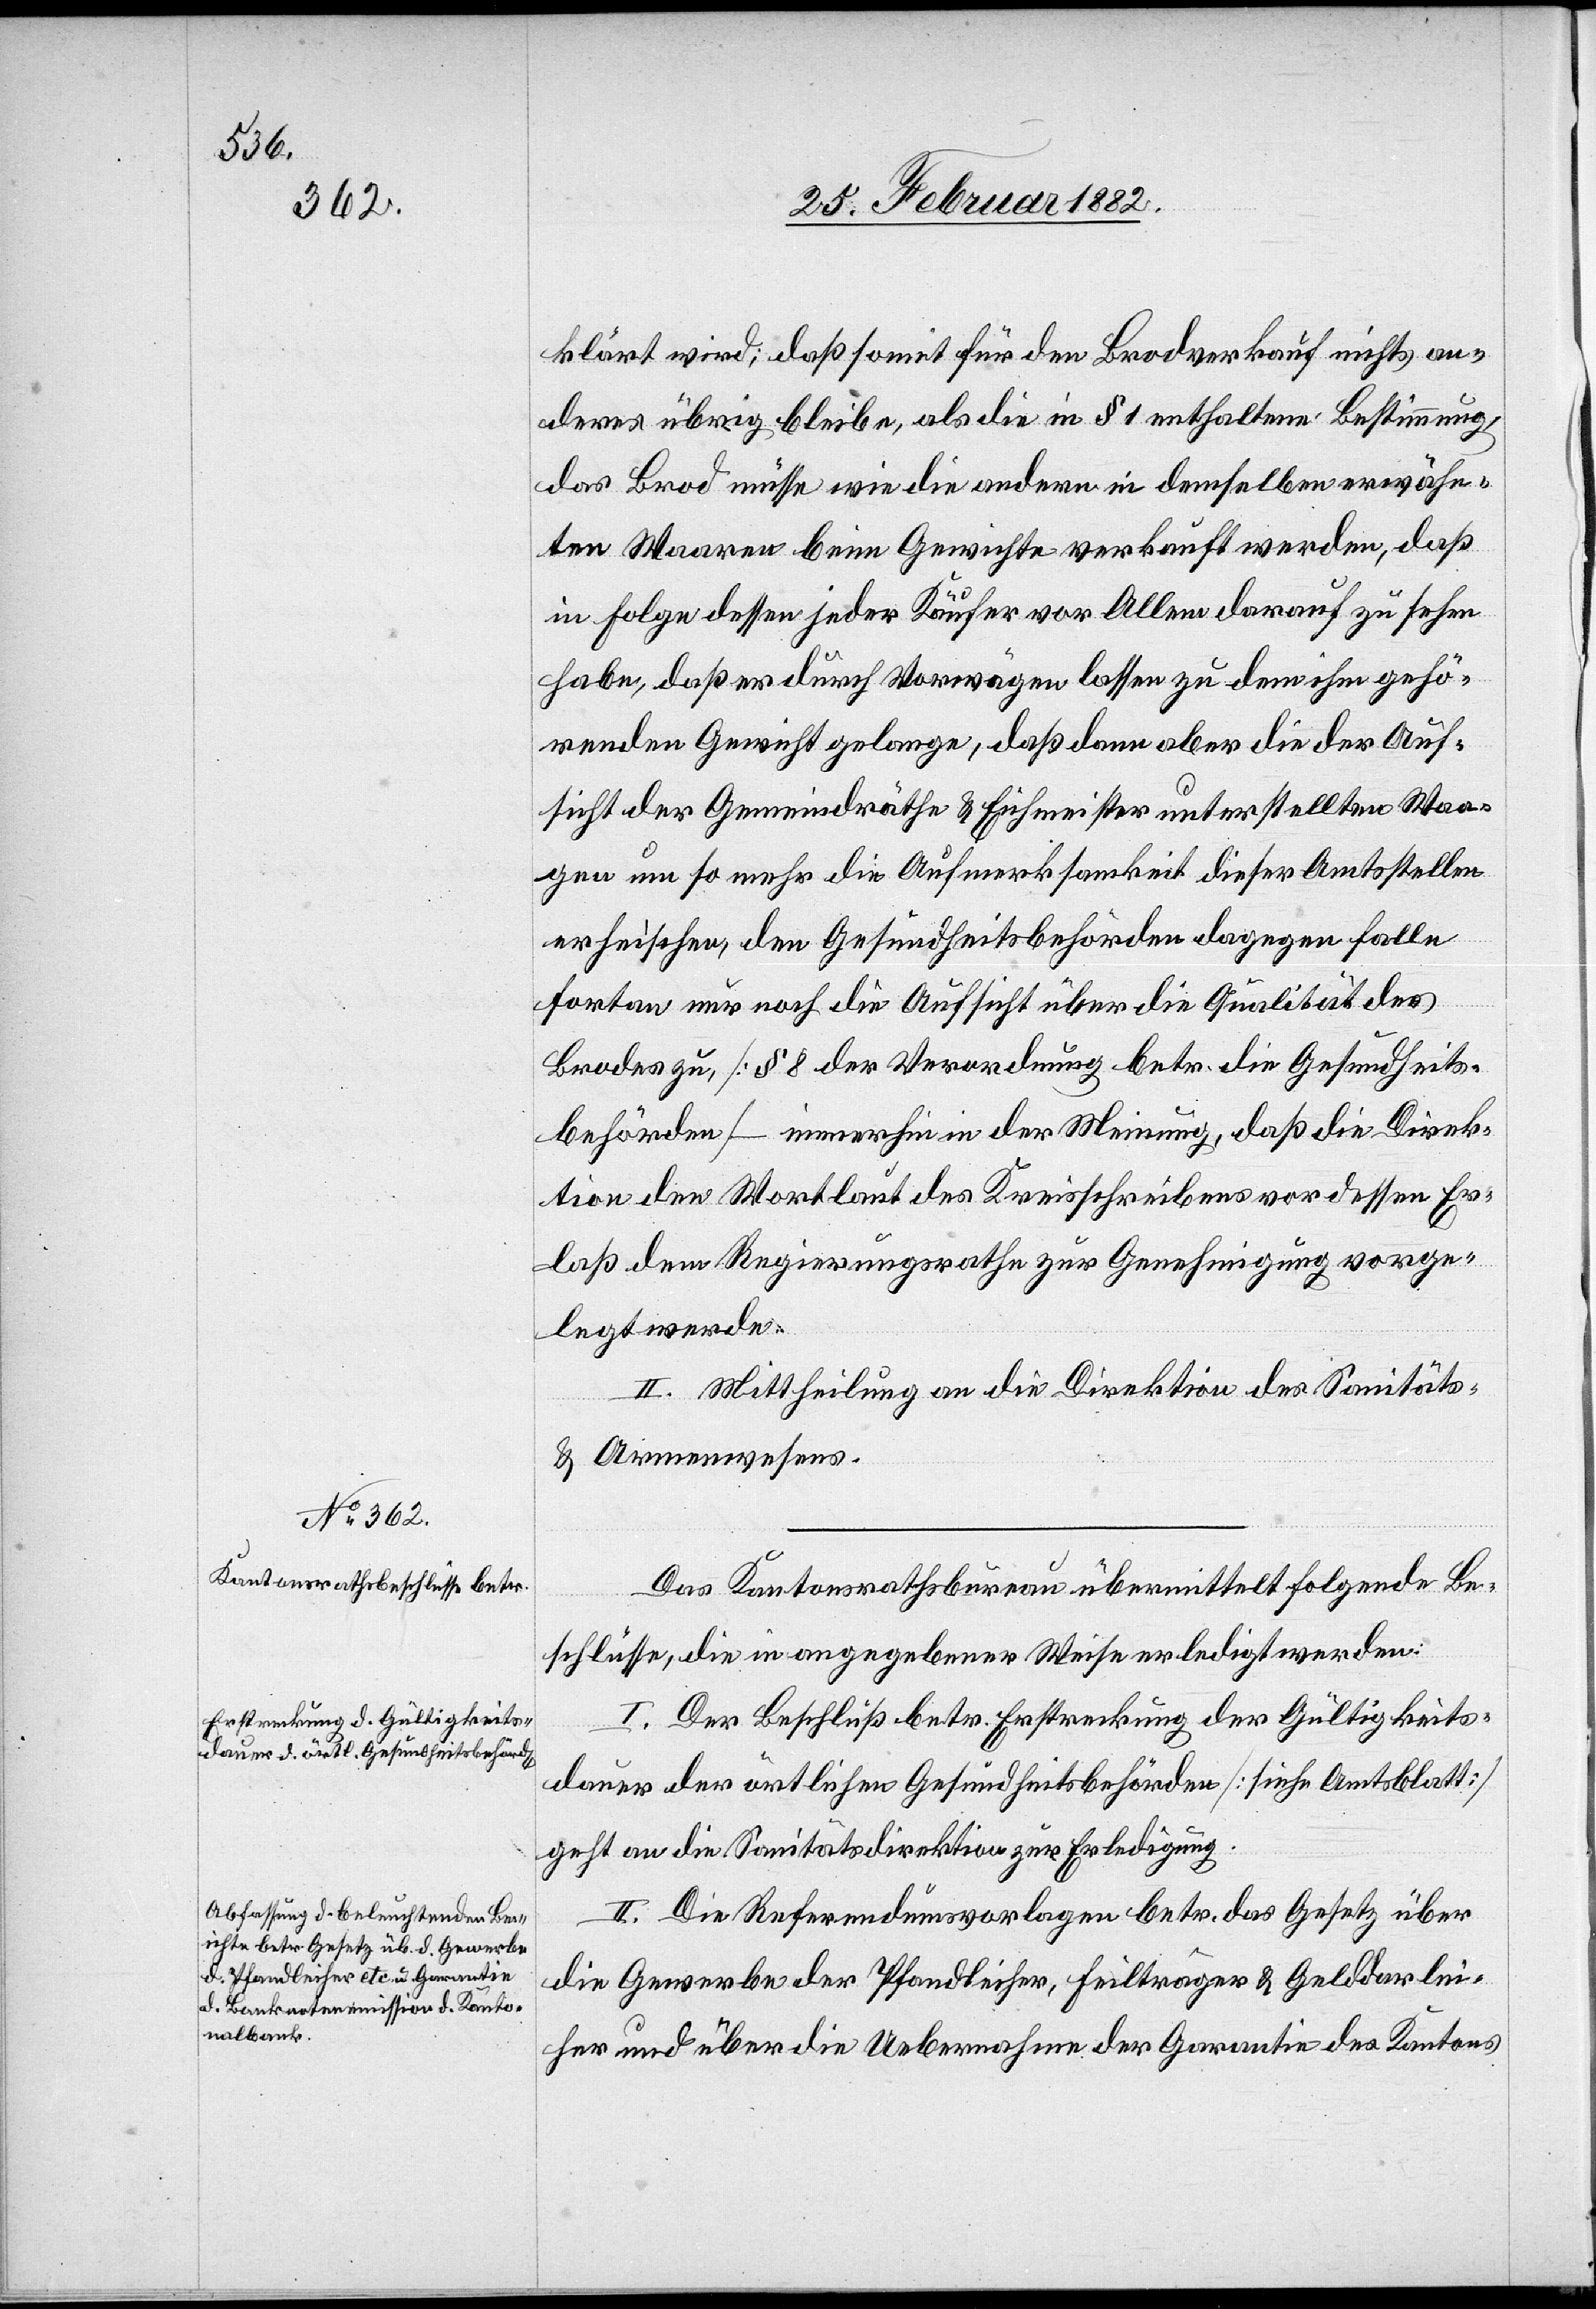
Das Kantonsrathsbureau übermittelt folgende Be¬
schlüsse, die in angegebener Weise erledigt werden:
I. Der Beschluß betr. Erstreckung der Gültigkeits¬
dauer der örtlichen Gesundheitsbehörden [siehe Amtsblatt]
geht an die Sanitätsdirektion zur Erledigung.
II. Die Referendumsvorlagen betr. das Gesetz über
die Gewebe der Pfandleiher, Feilträger & Gelddarlei¬
her und über die Uebernahmen der Garantie des Kantons